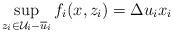
LaTeX: \begin{gather*}\sup_{z_i \in \mathcal{U}_i - \overline{u}_i} f_i(x,z_i) = \Delta u_i x_i\end{gather*}